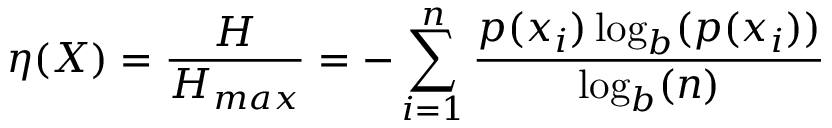
\eta ( X ) = { \frac { H } { H _ { m a x } } } = - \sum _ { i = 1 } ^ { n } { \frac { p ( x _ { i } ) \log _ { b } ( p ( x _ { i } ) ) } { \log _ { b } ( n ) } }